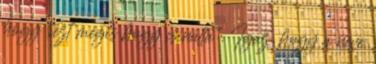
hogy „ezt mégis hogy csinálta”. Igaz, hogy a neve